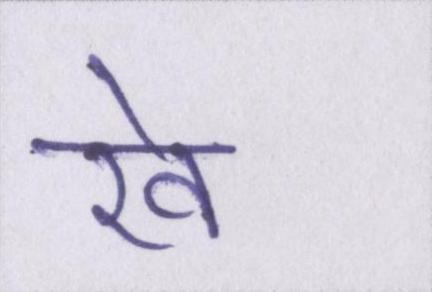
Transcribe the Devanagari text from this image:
रवे